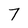
Character: 7